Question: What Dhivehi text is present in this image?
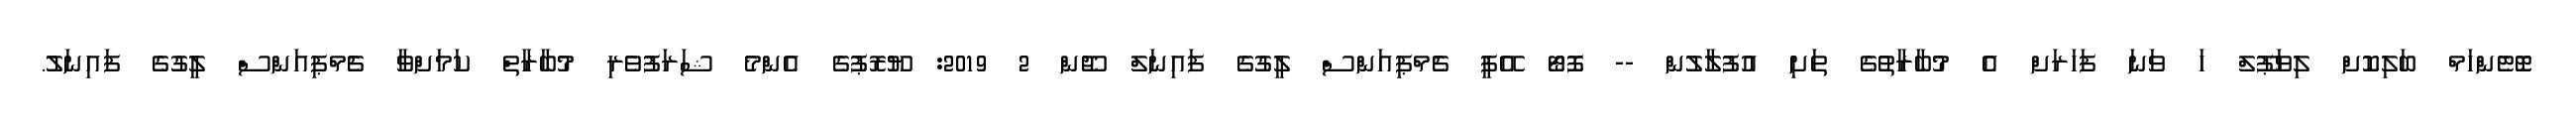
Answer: ޓޮޓެންހަމް ބަލިކޮށް ލިވަޕޫލް ހަ ވަނަ ފަހަރަށް އެ މުބާރާތުގެ ތަށި އުފުލާލުން -- ފޮޓޯ އޭޕީ ޗެމްޕިއަންސް ލީގުގެ ފައިނަލް ޖޫން 2 2019: ޔޫރޮޕުގެ އެންމެ ޝަރަފުވެރި މުބާރާތް ކަމަށްވާ ޗެމްޕިއަންސް ލީގުގެ ފައިނަލު.